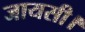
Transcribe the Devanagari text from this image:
जायसी।